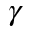
\gamma